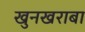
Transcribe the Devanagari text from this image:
खुनखराबा